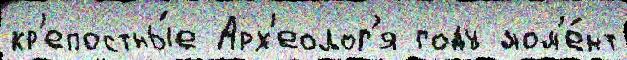
кр'епостны́е Арх'еолог'я году мом'е́нт